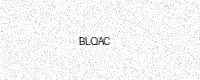
Text: BLQAC